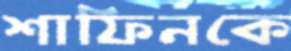
শাফিনকে